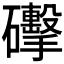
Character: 𥗩